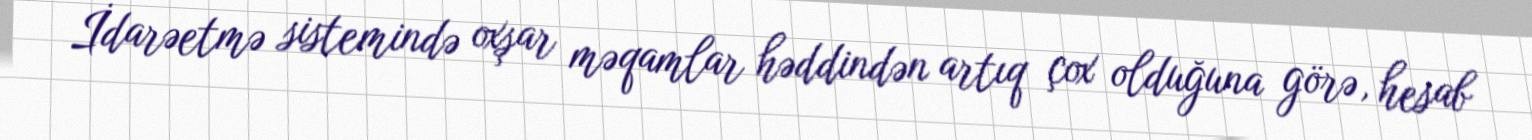
İdarəetmə sistemində oxşar məqamlar həddindən artıq çox olduğuna görə, hesab